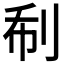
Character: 𠛻